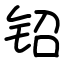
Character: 𬬿